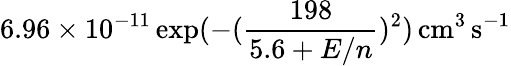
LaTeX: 6.96\times 10^{-11}\exp(-(\frac{198}{5.6+E/n})^{2})\, \mathrm{cm^{3}\, s^{-1}}